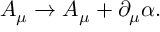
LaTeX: A _ { \mu } \rightarrow A _ { \mu } + \partial _ { \mu } \alpha .